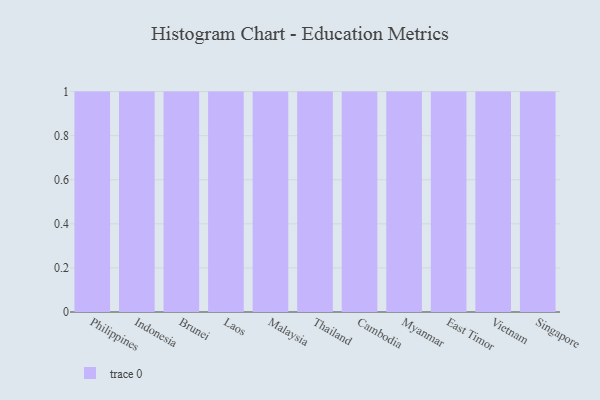
{"axis": {"x": "Country", "y": "Inventory Turnover"}, "legend": [""], "data": [{"x": "Philippines", "y": 87, "type": ""}, {"x": "Indonesia", "y": 28, "type": ""}, {"x": "Brunei", "y": 20, "type": ""}, {"x": "Laos", "y": 28, "type": ""}, {"x": "Malaysia", "y": 1, "type": ""}, {"x": "Thailand", "y": 62, "type": ""}, {"x": "Cambodia", "y": 100, "type": ""}, {"x": "Myanmar", "y": 2, "type": ""}, {"x": "East Timor", "y": 52, "type": ""}, {"x": "Vietnam", "y": 39, "type": ""}, {"x": "Singapore", "y": 10, "type": ""}]}